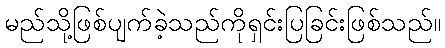
မည်သို့ဖြစ်ပျက်ခဲ့သည်ကိုရှင်းပြခြင်းဖြစ်သည်။